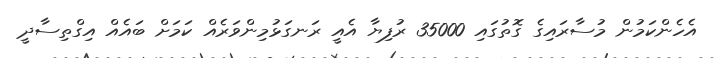
އެހެންކަމުން މުސާރައިގެ ގޮތުގައި 35000 ރުފިޔާ އެއީ ރަނގަޅުމިންވަރެއް ކަމަށް ބައެއް އިގްތިސާދީ